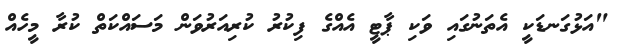
"އަޅުގަނޑަކީ އެތަނުގައި ވަކި ޕާޓީ އެއްގެ ފިކުރު ކުރިއަރުވަން މަސައްކަތް ކުރާ މީހެއް